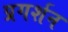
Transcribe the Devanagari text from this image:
प्रगर्शन